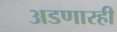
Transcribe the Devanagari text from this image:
अडणारही